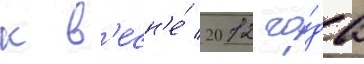
к в'есн'е́ 2012 го́да